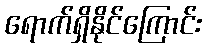
ရောက်ရှိနိုင်ကြောင်း